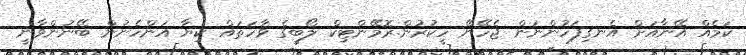
ކަމެއް އޭނާއަށް އެނގިފަހުންނަން ޖެހޭނޭ ހީކުރުން.ރޮމޭންޓިކް ލޯބީގެ ވާހަތައް ކިޔާ އަންހެނުން ބޭނުންވާނީ